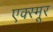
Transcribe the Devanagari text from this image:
एक्स्मूर